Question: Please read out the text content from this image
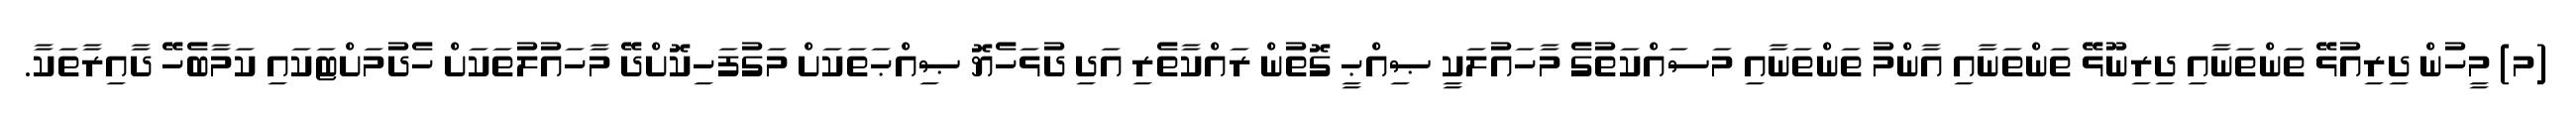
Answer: (މ) މީހުން ދިރިއުޅޭ ތަންތަނާއި ދިރިނޫޅޭ ތަންތަނާއި އާންމު ތަންތަނާއި މަސައްކަތުގެ މާހައުލަކީ ޞިއްޙީ ގޮތުން ރައްކާތެރި އަދި ދުޅަހެޔޮ ޞިއްޙަތަކަށް މަގުފަހިކޮށްދޭ މާހައުލުތަކަށް ހެދުމަށްޓަކައި ކަމާބެހޭ ދާއިރާތަކާ.